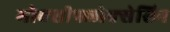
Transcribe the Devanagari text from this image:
मोक्सीफ्लोक्सेसिन